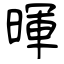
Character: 暉